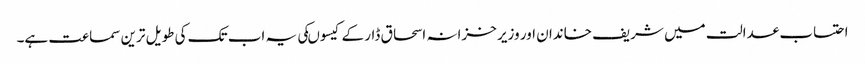
احتساب عدالت میں شریف خاندان اور وزیر خزانہ اسحاق ڈار کے کیسوںکی یہ اب تک کی طویل ترین سماعت ہے۔